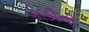
કાકીની